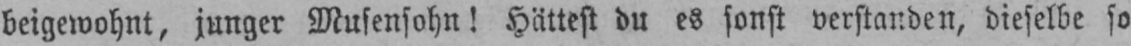
beigewohnt, junger Musensohn! Hättest du es sonst verstanden, dieselbe so